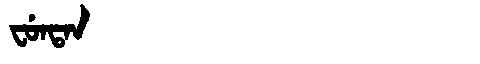
Manchu: ᠸᡠᠨᡨᠠᠨ
Romanization: FUNTAN